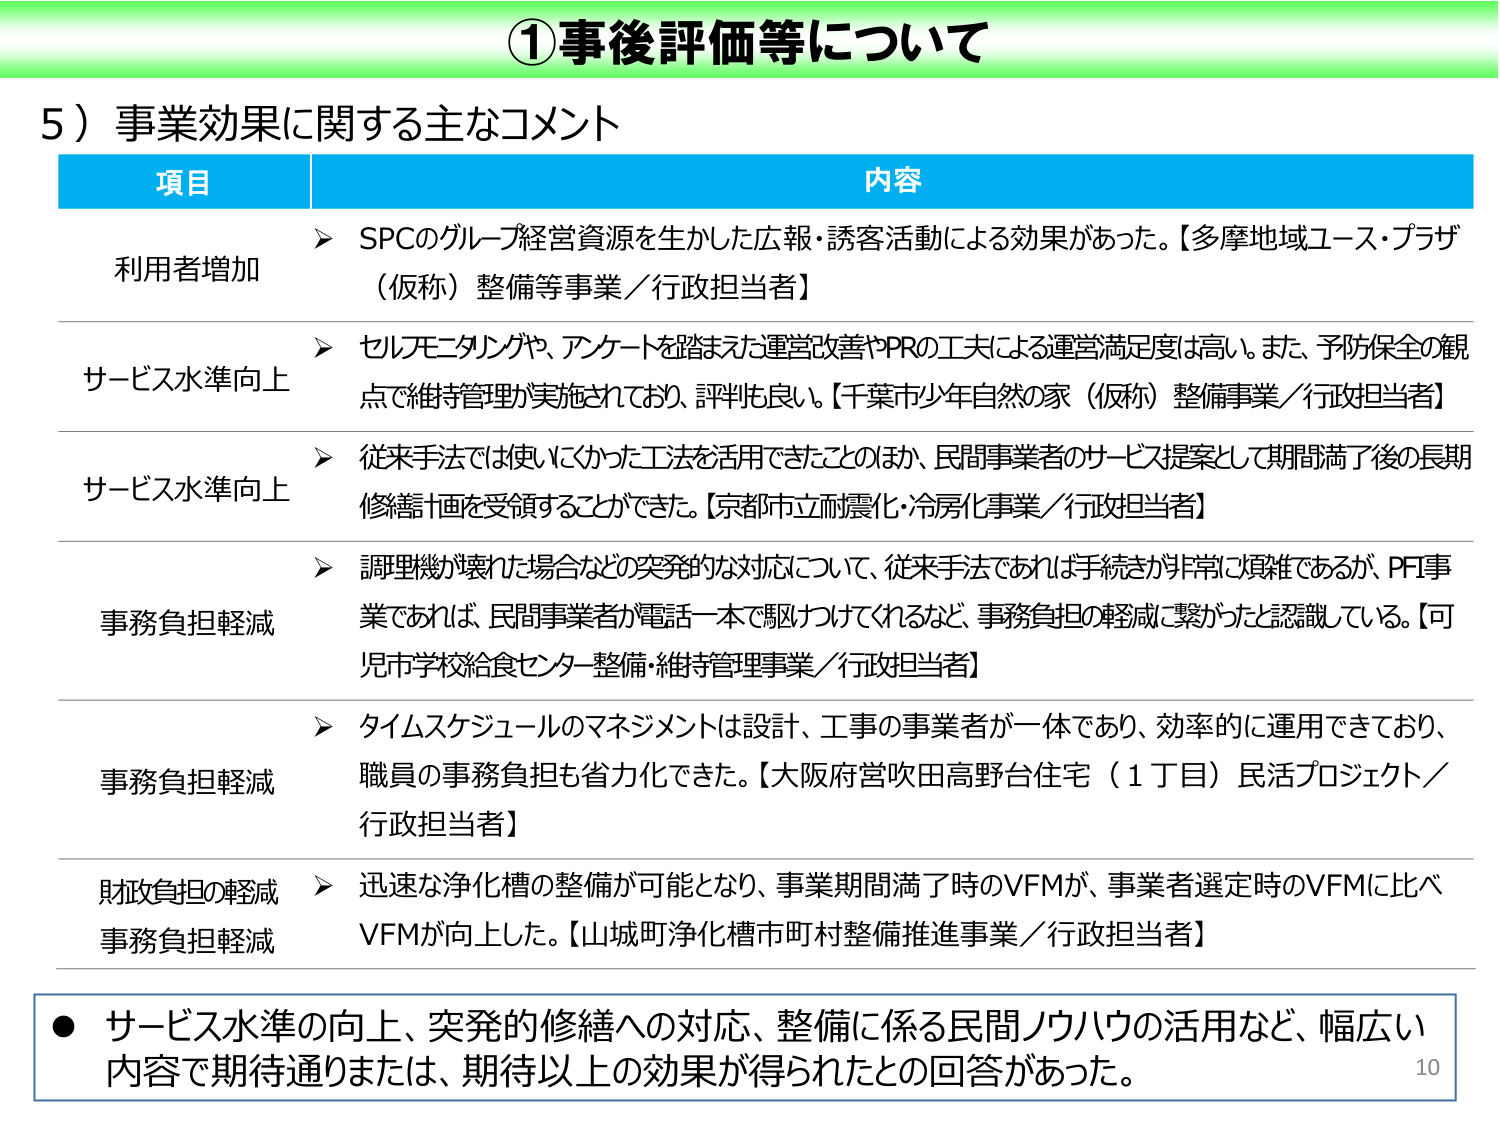
①事後評価等について

5）事業効果に関する主なコメント

項目 内容

利用者増加
➤ SPCのグループ経営資源を生かした広報・誘客活動による効果があった。【多摩地域ユース・プラザ（仮称）整備等事業／行政担当者】

サービス水準向上
➤ セルフモニタリングや、アンケートを踏まえた運営改善やPRの工夫による運営満足度は高い。また、予防保全の観点で維持管理が実施されており、評判も良い。【千葉市少年自然の家（仮称）整備事業／行政担当者】

サービス水準向上
➤ 従来手法では使いにくかった工法を活用できたことのほか、民間事業者のサービス提案として期間満了後の長期修繕計画を受領することができた。【京都市立耐震化・冷房化事業／行政担当者】

事務負担軽減
➤ 調理機が壊れた場合などの突発的な対応について、従来手法であれば手続きが非常に煩雑であるが、PFI事業であれば、民間事業者が電話一本で駆けつけてくれるなど、事務負担の軽減に繋がったと認識している。【可児市学校給食センター整備・維持管理事業／行政担当者】

事務負担軽減
➤ タイムスケジュールのマネジメントは設計、工事の事業者が一体であり、効率的に運用できており、職員の事務負担も省力化できた。【大阪府営吹田高野台住宅（1丁目）民活プロジェクト／行政担当者】

財政負担の軽減
事務負担軽減
➤ 迅速な浄化槽の整備が可能となり、事業期間満了時のVFMが、事業者選定時のVFMに比べVFMが向上した。【山城町浄化槽市町村整備推進事業／行政担当者】

● サービス水準の向上、突発的修繕への対応、整備に係る民間ノウハウの活用など、幅広い内容で期待通りまたは、期待以上の効果が得られたとの回答があった。

10